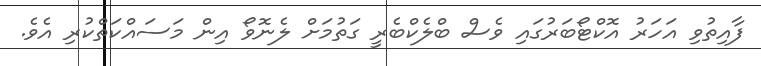
ފާއިތުވި އަހަރު އޮކްޓޯބަރުގައި ވެސް ބްލެކްބެރީ ގަތުމަށް ލެނޮވޯ އިން މަސައްކަތްކުރި އެވެ.